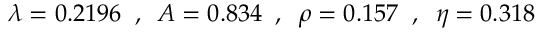
\lambda = 0 . 2 1 9 6 \; \; , \; \; A = 0 . 8 3 4 \; \; , \; \; \rho = 0 . 1 5 7 \; \; , \; \; \eta = 0 . 3 1 8